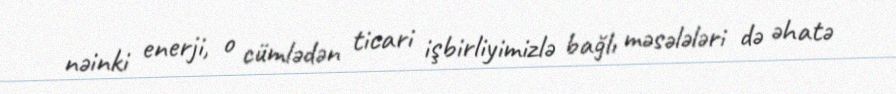
nəinki enerji, o cümlədən ticari işbirliyimizlə bağlı məsələləri də əhatə